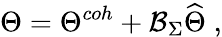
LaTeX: \Theta=\Theta^{coh}+\mathcal{B}_{\Sigma}\widehat{\Theta}\; ,